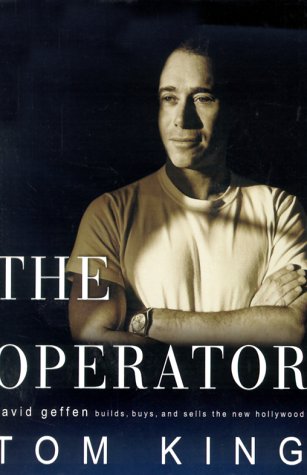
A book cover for The Operator: David Geffen Builds, Buys, and Sells the New Hollywood; Tom King; Humor & Entertainment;